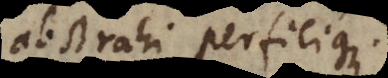
abstrahi perficique.